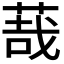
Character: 𦳦